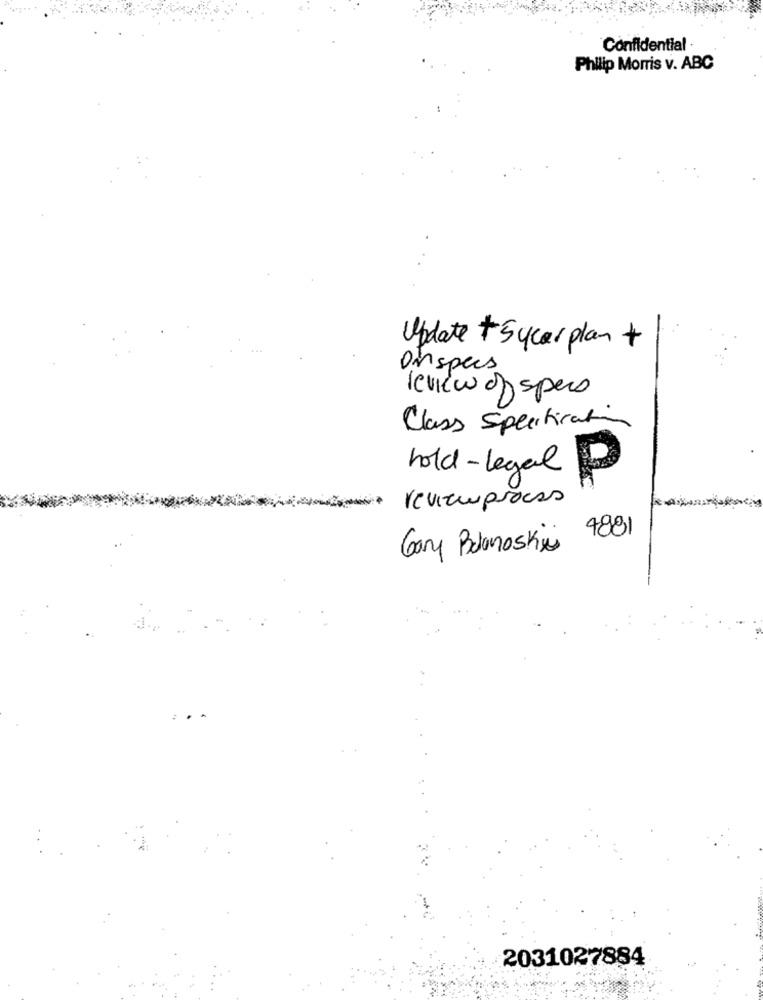
Confidential ·
Philip Morris v. ABC
Update + Sycarplan +
Onspecs
review of specs
Class Specification
hold-legal
P
reviewproces
Gary Bulanoskin 4881
2031027884